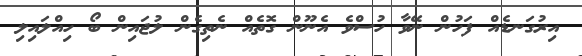
އިރުގަނޑެއް ފަހުން ނޭވާ ހުސްވެ އެނޫން ގޮތެއް ނެތިގެން ލުޖައިން ބޯ ހިއްލައިލި